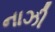
નાઝી